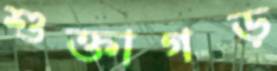
শুক্তাগড়